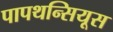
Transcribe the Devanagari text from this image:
पापथन्सियूस